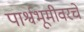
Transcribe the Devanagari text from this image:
पार्श्वभूमीवरचे